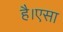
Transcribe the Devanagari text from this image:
है।एसा